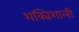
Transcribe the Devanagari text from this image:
शक्यिशाली